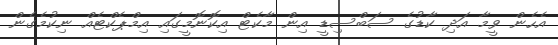
އެހެން ވީމާ އަދި ކާޑުގެ ސަބްސިޑީ އިން މާކެޓް އިކޮނޮމީގައި އިމްޕެކްޓެއް ނިކުމެގެން